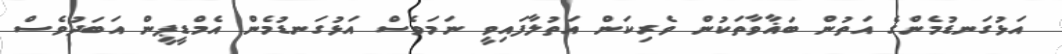
އަޅުގަނޑުމެންގެ އަތުން ބަޣާވާތަކުން ވެރިކަން އަތުލާފައިވީ ނަމަވެސް އަޅުގަނޑުމެން އެމްޑީޕީން އަބަދުވެސް